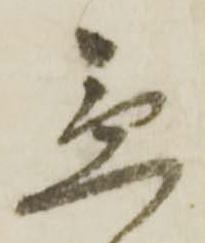
急